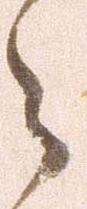
之